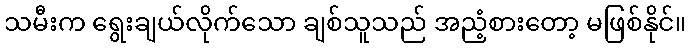
သမီးက ရွေးချယ်လိုက်သော ချစ်သူသည် အညံ့စားတော့ မဖြစ်နိုင်။